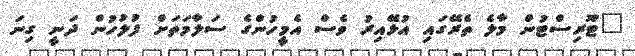
"ޓޫރިސްޓުން މާލެ ތެރޭގައި އުޅޭއިރު ވެސް އެމީހުންގެ ސަލާމަތަށް ފުލުހުން ދަނީ ގިނަ